Vital statistics of India. Vol. IV, Annual returns from 1871 to 1876. British Army of India, Native Army and jails of Bengal
Year: 1871
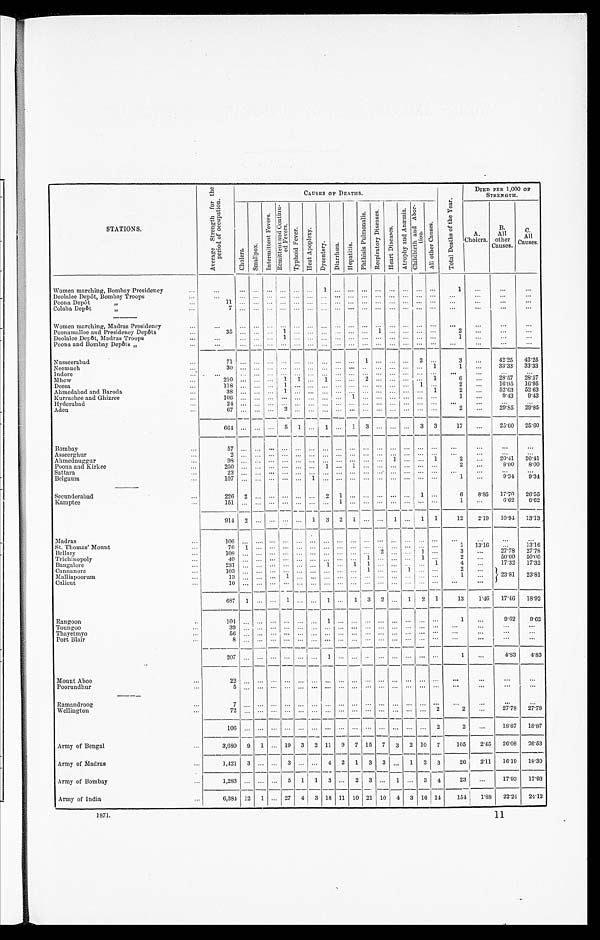
STATIONS.
A v e r a g e S t r e n g t h f o r t h e p e r i o d o f o c c u p a t i o n .
C A U S E S O F D E A T H S .
T o t a l D e a t h s o f t h e Y e a r .
D I E D P E R 1 , 0 0 0 O F S T R E N G T H .
C h o l e r a .
S m a l l p o x .
I n t e r m i t t e n t F e v e r s .
R e m i t t e n t a n d C o n - t i n u e d F e v e r s .
T y p h o i d F e v e r .
H e a t A p o p l e x y .
D y s e n t e r y . D i a r r h œ a . H e p a t i t i s .
P h t h i s i s p u l m o n a l i s .
R e s p i r a t o r y D i s e a s e s .
H e a r t D i s e a s e s .
A t r o p h y a n d A n æ m i a .
C h i l d - b i r t h a n d A b o r - t i o n .
A l l o t h e r C a u s e s .
A .
C a u s e s .
B .
A l l o t h e r C a u s e s .
C .
A l l C a u s e s .
Women marching, Bombay Presidency
. . .
. . . . . . . . . . . .
. . .
. . .
1 . . . . . . . . . . . . . . . . . .
. . .
. . .
1 . . .
. . .
. . .
Deol al ee Depôt , Bombay Troops
. . .
. . .
. . . . . . . . . . . . . . . . . . . . . . . . . . . . . . . . . . . .
. . . . . .
. . .
. . .
. . .
. . .
P o o n a D e p ô t "
1 1
. . .
. . . . . . . . . . . . . . . . . . . . .
. . . . . . . . . . . . . . .
. . . . . . . . .
. . .
. . .
. . .
Colaba Depôt "
7
. . .
. . . . . . . . . . . . . . . . . . . . .
. . . . . . . . . . . . . . . . . .
. . . . . .
. . .
. . .
. . .
Women marching, Madras Presidency
. . .
. . .
. . . . . . . . .
. . . . . . . . . . . . . . . . . . . . . . . . . . . . . . . . .
. . .
. . .
. . .
. . .
Poonamallee and Presidency Depôts
3 5
. . .
. . . . . . 1
. . . . . . . . . . . .
. . . 1 . . . . . . . . . . . .
. . .
2 . . .
. . .
. . .
Deolalee Depôt, Madras Troops
. . .
. . .
. . . . . .
1 . . . . . .
. . . . . . . . . . . . . . . . . . . . . . . . . . .
1
. . .
. . .
. . .
Poona and Bombay Depôt s "
. . .
. . . . . . . . . . . .
. . . . . . . . . . . . . . . . . . . . . . . . . . . . . . . . .
. . .
. . .
. . .
. . .
Nusseerabad
7 1 . . .
. . . . . .
. . . . . . . . .
. . . . . . . . .
1 . . . . . . . . .
2 . . .
3 . . .
42·25 42·25
N e e m u c h
3 0 . . . . . .
. . . . . . . . . . . . . . . . . .
. . . . . . . . . . . . . . . . . .
1
1
. . .
33·33 33·33
I n d o r e
. . .
. . .
. . . . . .
. . . . . . . . .
. . . . . . . . . . . . . . . . . . . . . . . . . . . . . .
. . .
. . .
. . .
Mhow
2 1 0
. . . . . . . . .
1 1 . . .
1 . . .
. . .
2 . . . . . . . . . . . .
1
6 . . .
2 8 · 5 7
2 8 · 5 7
Deesa
1 1 8
. . . . . .
. . .
1 . . . . . . . . . . . . . . . . . .
. . . . . . . . .
1 . . . 2
. . .
16·95
1 6 · 9 5
Ahme da ba d a nd Ba r oda
3 8 . . .
. . . . . .
1 . . . . . . . . . . . .
. . . . . . . . . . . .
. . . . . .
1 2
. . .
52·63 52·63
Ku r r a c h e e a n d Gh i z r e e
1 0 6
. . . . . .
. . . . . . . . . . . . . . . . . .
1 . . . . . . . . .
. . . . . . . . .
1
. . .
9·43 9·43
H y d e r a b a d
2 4
. . .
. . . . . . . . . . . . . . . . . . . . .
. . . . . .
. . . . . . . . .
. . . . . .
. . .
. . .
. . .
. . .
Aden
6 7
. . .
. . . . . . 2 . . . . . . . . . . . .
. . .
. . . . . .
. . . . . . . . . . . . 2
. . .
29·85 29·85
6 6 4
. . . . . .
. . .
5 1 . . .
1 . . . 1
3 . . .
. . . . . .
3 3
1 7
. . .
25·60 25·60
Bombay
5 7
. . .
. . . . . . . . . . . . . . . . . . . . .
. . . . . .
. . . . . . . . . . . . . . .
. . .
. . .
. . .
. . .
Asseerghur
2 . . .
. . . . . . . . . . . . . . . . . . . . .
. . .
. . . . . . . . . . . . . . . . . . . . .
. . . . . .
. . .
Ahmednuggur
9 8 . . . . . .
. . . . . . . . . . . . . . . . . . . . . . . . . . . 1 . . . . . . 1
2 . . .
20·41 20·41
Poona and Kirkee
2 5 0
. . . . . . . . . . . .
. . . . . .
1 . . .
1 . . .
. . . . . . . . . . . . . . . 2
. . .
8·00 8·00
S a t t a r a
2 3 . . .
. . . . . . . . . . . . . . . . . . . . .
. . . . . . . . . . . . . . . . . . . . .
. . . . . .
. . .
. . .
Belgaum
1 0 7
. . . . . . . . . . . . . . . 1 . . . . . .
. . . . . . . . . . . . . . . . . . . .
1
. . .
9·34 9·34
Secunderabad
2 2 6
2 . . .
. . . . . . . . . . . .
2 1 . . . . . . . . . . . . . . .
1 . . .
6
8 · 8 5
17·70 26·55
K a m p t e e
1 5 1
. . . . . . . . .
. . . . . . . . . . . . 1
. . . . . . . . . . . . . . . . . . . . .
1
. . .
6·62
6·62
9 1 4
2 . . . . . .
. . . . . .
1 3 2 1 . . . . . .
1 . . .
1 1
1 2
2 · 1 9
10·94 13·13
Madras
1 0 6 . . .
. . . . . . . . . . . .
. . . . . . . . . . . .
. . . . . . . . . . . . . . .
. . .
. . . . . .
. . .
. . .
S t . T h o m a s ' M o u n t
7 6
1
. . . . . . . . . . . . . . .
. . . . . . . . .
. . .
. . . . . . . . . . . . . . .
1 1 3 · 1 6
...
13·16
Bellary
1 0 8
. . .
. . . . . . . . . . . .
. . . . . . . . .
. . . . . .
2 . . . . . .
1 . . .
3
. . .
27·78 27·78
Trichinopoly
4 0
. . .
. . . . . . . . . . . .
. . . . . . . . .
. . . 1 . . . . . . . . . 1 . . . 2
. . .
5 0 · 0 0
5 0 · 0 0
B a n g a l o r e
2 3 1
. . . . . . . . . . . . . . . . . . 1 . . .
1 1 . . . . . . . . . . . .
1 4
. . .
17·32 17·32
C a n n a n o r e
1 0 3 . . .
. . . . . .
. . . . . . . . . . . . . . . . . . 1 . . . . . . . . . . . . . . . 2
. . .
23·81 23·81
Malliapoorum
1 3
. . . . . . . . . 1 . . . . . . . . .
. . . . . . . . . . . . . . . . . . . . .
. . .
1
. . .
C a l i c u t
1 0
. . .
. . . . . . . . .
. . . . . . . . . . . .
. . .
. . . . . . . . .
. . . . . . . . .
. . .
. . .
6 8 7
1
. . . . . .
1 . . . . . .
1 . . .
1 3 2 . . .
1 2 1
1 3
1 · 4 6
17·46 18·92
Rangoon
1 0 4
. . . . . . . . . . . . . . . . . . 1
. . . . . . . . . . . .
. . . . . . . . . . . .
1
. . .
9·62 9·62
Toungoo
3 9 . . . . . . . . . . . . . . . . . . . . .
. . . . . . . . . . . . . . . . . . . . . . . .
. . . . . .
. . .
. . .
T h a y e t m y o
5 6 . . . . . .
. . . . . . . . . . . . . . . . . .
. . . . . . . . . . . . . . .
. . . . . . . . .
. . . . . .
. . .
P o r t B l a i r
8
. . .
. . . . . . . . . . . . . . .
. . . . . . . . . . . . . . . . . . . . . . . . . . . . . .
. . .
...
...
2 0 7
. . .
. . . . . . . . . . . . . . .
1 . . .
. . . . . . . . . . . . . . . . . . . . .
1
. . .
4·83
4·83
Mount Aboo
2 2
. . .
. . . . . . . . . . . . . . . . . . . . .
. . . . . . . . . . . . . . . . . . . . .
. . .
. . .
...
...
Poorundhur
5
. . .
. . . . . . . . . . . . . . . . . . . . .
. . . . . . . . . . . . . . .
. . . . . .
. . .
. . .
...
...
Ramandroog
7
. . .
. . .
. . . . . . . . . . . . . . . . . .
. . .
. . . . . . . . . . . . . . . . . .
. . .
. . .
. . . . . .
Wellington
7 2 . . .
. . . . . . . . . . . . . . . . . . . . .
. . . . . . . . . . . . . . . . . .
2 2
. .
27·78 27·78
1 0 6
. . .
. . . . . . . . . . . . . . . . . . . . .
. . . . . . . . . . . . . . . . .
2 2
. . .
18·87 18·87
Army of Bengal
3,680 9
1 . . .
1 9
3 2 11 9
7
15 7 3 2 10 7
105
2·45 26·08 26.53
A r m y o f M a d r a s
1,421 3
. . .
...
3
... ...
4 2
1
3 3
. . .
1 3 3
26 2·11 16·19 18.30
A r m y o f B o m b a y
1,283 ...
. . .
...
5
1 1
3
...
2
3 ... 1 ... 3 4
23 ...
17·93 17.93
A r m y o f I n d i a
6,384 12
1
... 27 4 3 18
1 1
10 21 10 4 3 1614
154 1·88 22·24 24·12